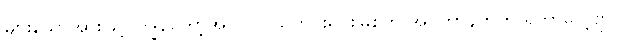
များသောအားဖြင့် ကျွန်တော့်အတွက် သတင်းရင်းမြစ်က အင်တာနက်က ရတာပေါ့ဗျာ။